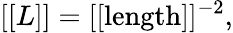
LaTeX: [[L]]=[[\mathrm{length}]]^{-2},